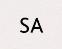
SA